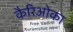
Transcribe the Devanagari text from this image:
कैरिओका